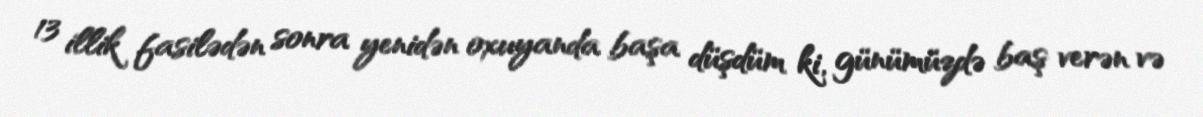
13 illik fasilədən sonra yenidən oxuyanda başa düşdüm ki, günümüzdə baş verən və